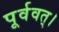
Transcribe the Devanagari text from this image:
पूर्ववत्।